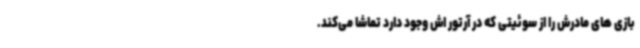
بازی های مادرش را از سوئیتی که در آرتور اش وجود دارد تماشا می‌کند.